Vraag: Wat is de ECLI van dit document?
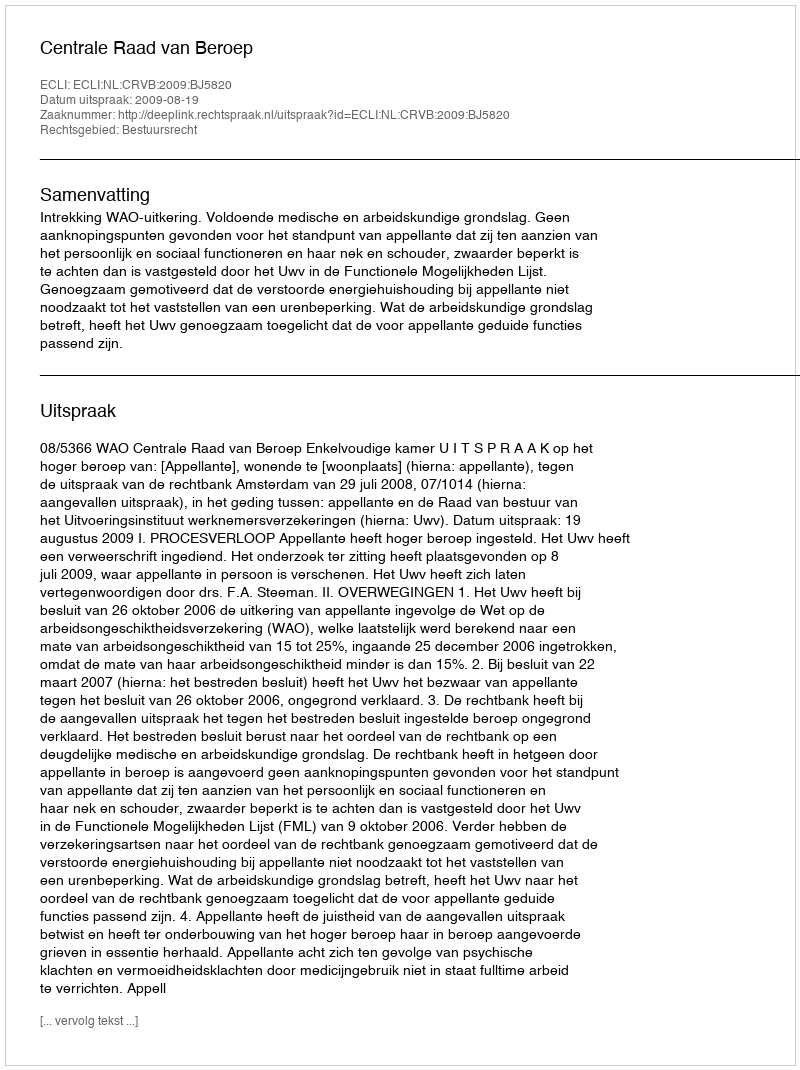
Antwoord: ECLI:NL:CRVB:2009:BJ5820